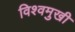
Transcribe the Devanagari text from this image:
विश्वमुखी